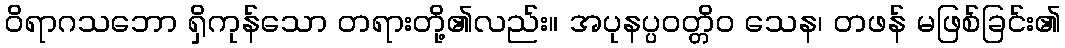
ဝိရာဂသဘော ရှိကုန်သော တရားတို့၏လည်း။ အပုနပ္ပဝတ္တိဝ သေန၊ တဖန် မဖြစ်ခြင်း၏